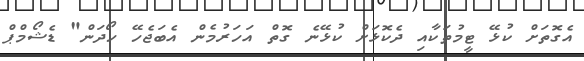
އެގޮތަށް ކުޅޭ ޓީމުތަކާއި ދެކޮޅަށް ކުޅޭނެ ގޮތް އަހަރުމެން އެބަޖެހޭ ހޯދަން" ޑެޝޯމްޕް